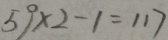
5 9 \times 2 - 1 = 1 1 7